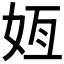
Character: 𫰟